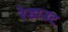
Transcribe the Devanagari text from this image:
रेडाउट